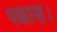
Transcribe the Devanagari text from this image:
पकाना।